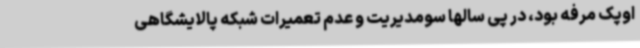
اوپک مرفه بود، در پی سالها سومدیریت و عدم تعمیرات شبکه پالایشگاهی